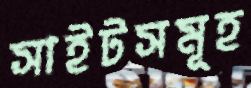
সাইটসমূহ